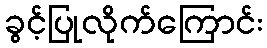
ခွင့်ပြုလိုက်ကြောင်း